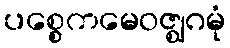
ပစ္စေကမေဝဇ္ဈဂမုံ